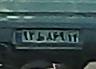
۹۳ط۸۶۹۱۴